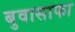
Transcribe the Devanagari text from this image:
बुवासाफा